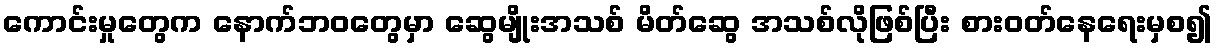
ကောင်းမှုတွေက နောက်ဘဝတွေမှာ ဆွေမျိုးအသစ် မိတ်ဆွေ အသစ်လိုဖြစ်ပြီး စားဝတ်နေရေးမှစ၍